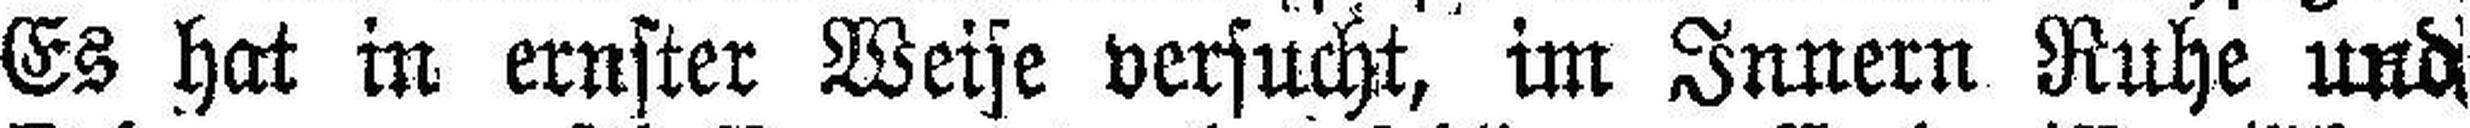
Es hat in ernster Weise versucht, im Innern Ruhe und